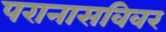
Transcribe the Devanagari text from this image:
परानासविवर